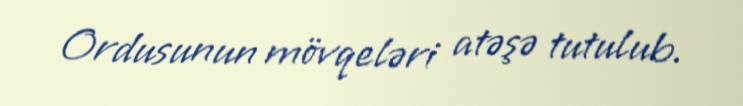
Ordusunun mövqeləri atəşə tutulub.